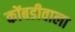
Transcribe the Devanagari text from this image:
कोंबडीवाला